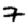
Digit: 7